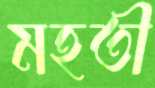
মহতী